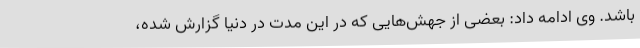
باشد. وی ادامه داد: بعضی از جهش‌هایی که در این مدت در دنیا گزارش شده،